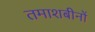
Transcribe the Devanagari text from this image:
तमाशबीनों